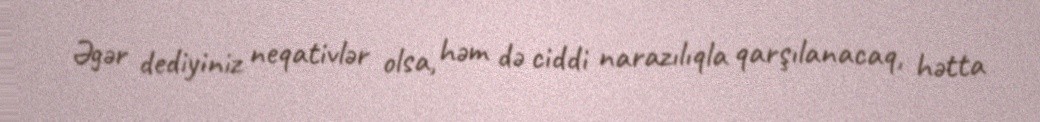
Əgər dediyiniz neqativlər olsa, həm də ciddi narazılıqla qarşılanacaq, hətta